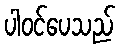
ပါဝင်ပေသည်